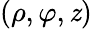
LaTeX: (\rho,\varphi,\mathit{z})